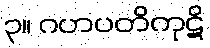
၃။ ဂဟပတိကုဋိ